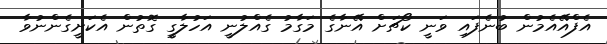
އެފްއޭއެމުން ބުނެފައި ވަނީ ކޯޗަށް އޭނާގެ މަގާމު ގެއްލުނީ އަހުލާގީ ގޮތުން އެކަށީގެންނުވާ